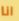
انا